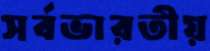
সর্বভারতীয়